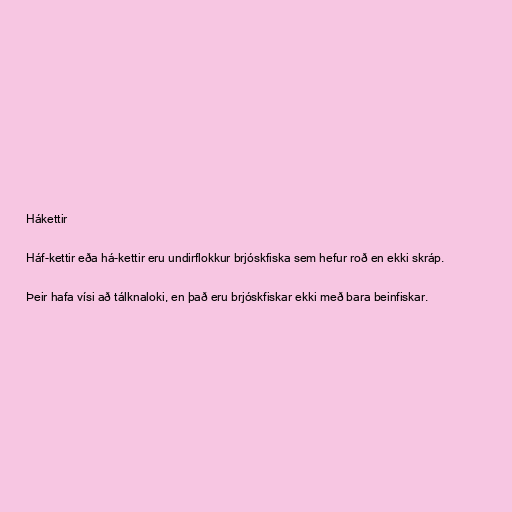
Hákettir

Háf-kettir eða há-kettir eru undirflokkur brjóskfiska sem hefur roð en ekki skráp.

Þeir hafa vísi að tálknaloki, en það eru brjóskfiskar ekki með bara beinfiskar.